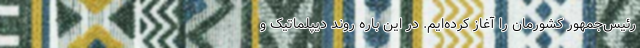
رئیس‌جمهور کشورمان را آغاز کرده‌ایم. در این باره روند دیپلماتیک و